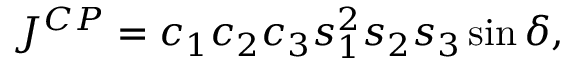
J ^ { C P } = c _ { 1 } c _ { 2 } c _ { 3 } s _ { 1 } ^ { 2 } s _ { 2 } s _ { 3 } \sin \delta ,